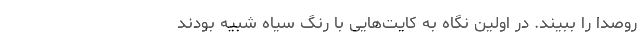
ر‌و‌صدا را ببیند. در اولین نگاه به کایت‌هایی با رنگ سیاه شبیه بودند